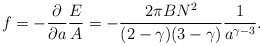
\begin{align*}f=-{\partial\over\partial a}{E\over A}=-{2\pi BN^2\over(2-\gamma)(3-\gamma)}{1\over a^{\gamma-3}}.\end{align*}